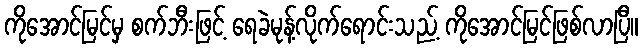
ကိုအောင်မြင်မှ စက်ဘီးဖြင့် ရေခဲမုန့်လိုက်ရောင်းသည့် ကိုအောင်မြင်ဖြစ်လာပြီ။